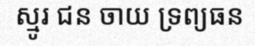
ស្មូរ ជន ចាយ ទ្រព្យធន